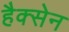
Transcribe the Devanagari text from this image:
हैक्सेन